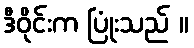
ဒီဝိုင်းက ပြုံးသည် ။